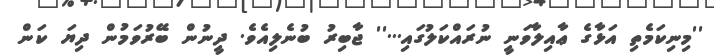
''މިނިކަމެތި އަޅާގެ ޢާއިލާވަނީ ނުރައްކަލުގައި...'' ޖާބިރު ބުނެލިއެވެ. ދީނުން ބޭރުވަމުން ދިޔަ ކަން